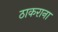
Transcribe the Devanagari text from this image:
ठाकराना